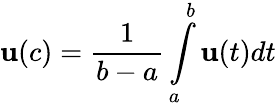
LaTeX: \mathbf{u}(c)=\frac{{1}}{{b-a}}\int\limits_{a}^{b}\mathbf{u}(t)dt